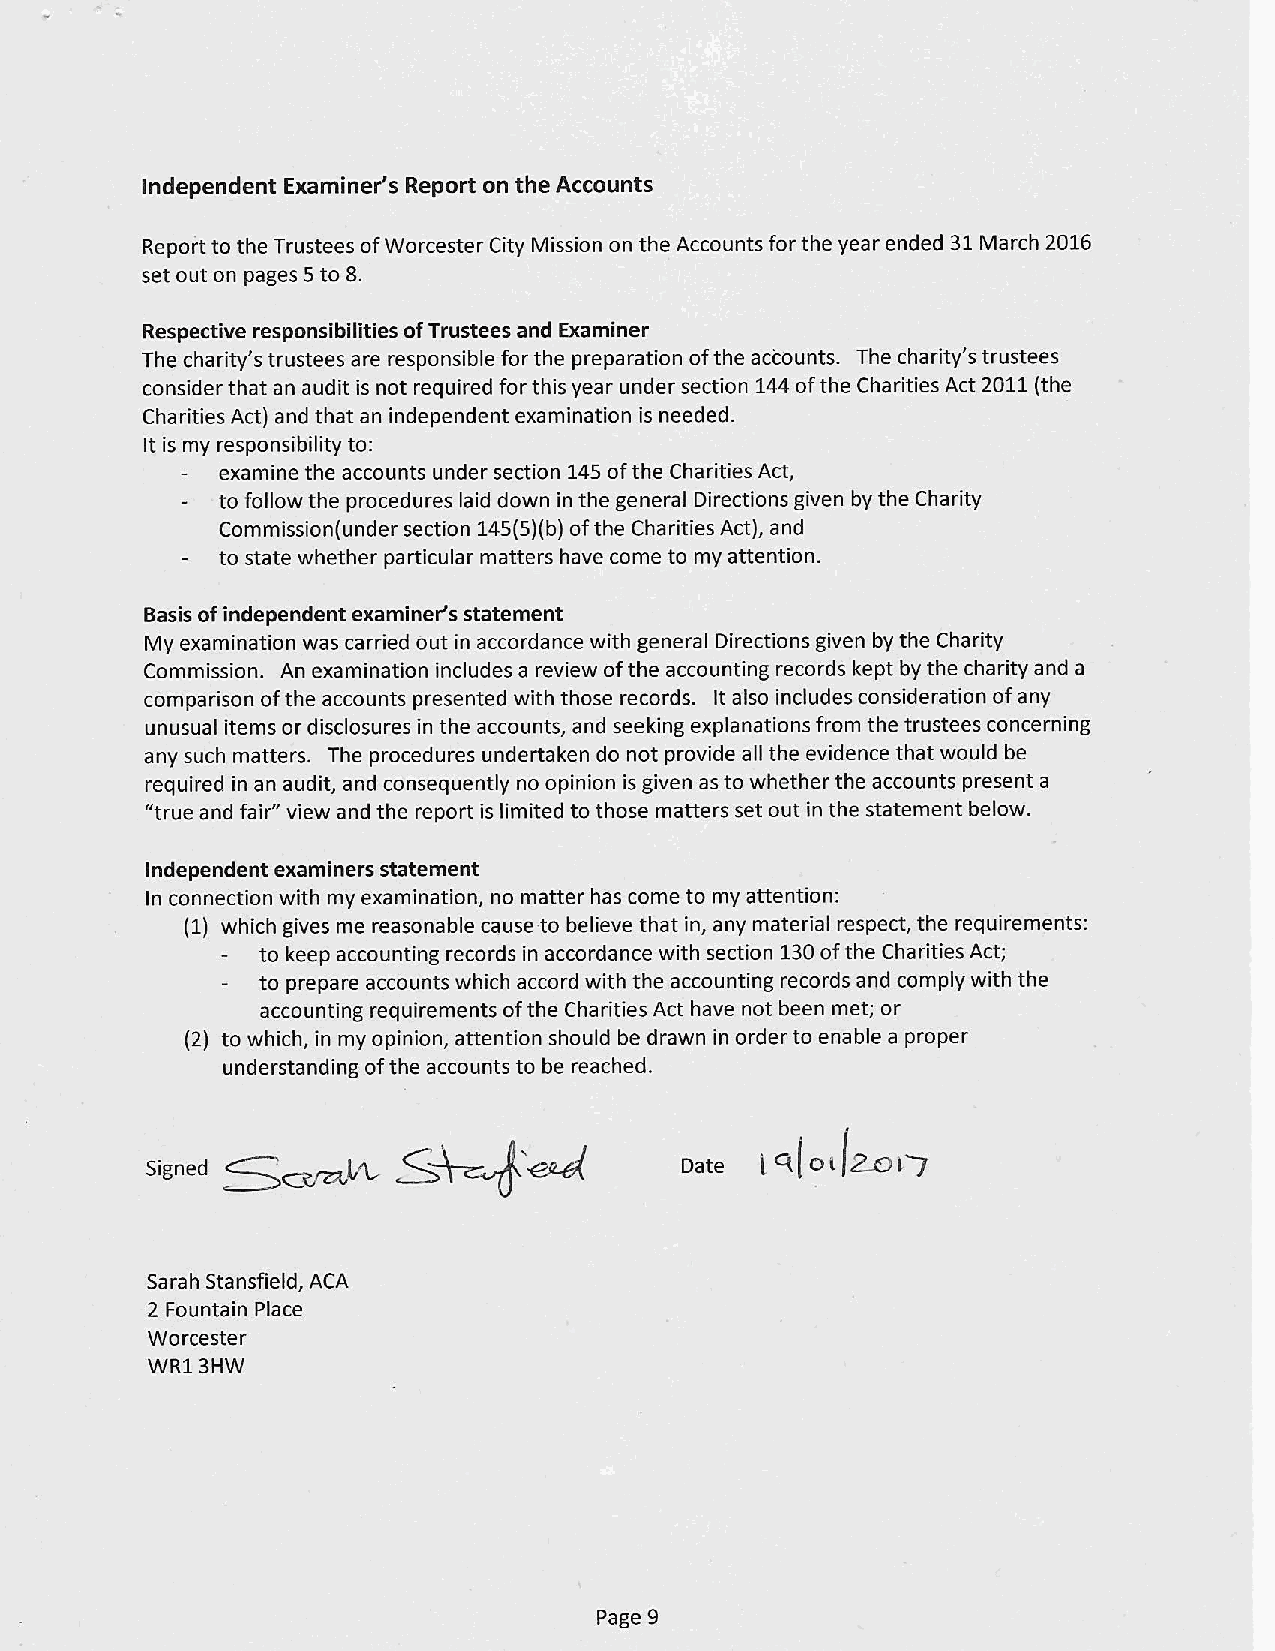
Independent Examiner's Report on the Accounts
 Report to the Trustees ofWorcester City Mission on the Accounts for the year ended 31March 2016
 set out on pages 5to 8.
 Respective responsibilities ofTrustees and Examiner
 The charity's trustees are responsible for the preparation ofthe accounts. The charity's trustees
 consider that an audit is not required for this year under section 144ofthe Charities Act 2011(the
 Charities Act) and that an independent examination is needed.
 It is my responsibility to:
 examine the accounts under section 145ofthe Charities Act,
 to follow the procedures laid down in the general Directions given by the Charity
 Commission(under section 145(5)(b)ofthe Charities Act), and
 to state whether particular matters have come to my attention.
 Basis ofindependent examiner's statement
 My examination was carried out in accordance with general Directions given by the Charity
 Commission. An examination includes a review ofthe accounting records kept by the charity and a
 comparison ofthe accounts presented with those records. It also includes consideration ofany
 unusual items or disclosures in the accounts, and seeking explanations from the trustees concerning
 any such matters. The procedures undertaken do not provide all the evidence that would be
 required in an audit, and consequently no opinion is given as to whether the accounts present a
 "true and fair" view and the report is limited to those matters set out in the statement below.
 Independent examiners statement
 In connection with my examination, no matter has come to my attention:
 (1) which gives me reasonable cause to believe that in, any material respect, the requirements:
 to keep accounting records in accordance with section 130ofthe Charities Act;
 to prepare accounts which accord with the accounting records and comply with the
 accounting requirements ofthe Charities Act have not been met; or
 (2) to which, in my opinion, attention should be drawn in order to enable a proper
 understanding ofthe accounts to be reached.
 ~~M
 'l~i
 ss   ~~~III                        ~ t' l&)        7
 d
 Sarah Stanstield, ACA
 2 Fountain Place
 Worcester
 WR1 3HW
 Page 9